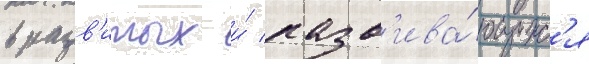
в разв'итых и́ разв'ива́ющихс'я